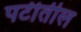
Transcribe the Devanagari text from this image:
पटीतील